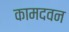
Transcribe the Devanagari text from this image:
कामदवन